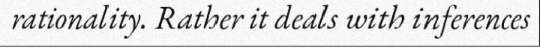
rationality. Rather it deals with inferences